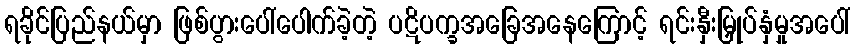
ရခိုင်ပြည်နယ်မှာ ဖြစ်ပွားပေါ်ပေါက်ခဲ့တဲ့ ပဋိပက္ခအခြေအနေကြောင့် ရင်းနှီးမြှုပ်နှံမှုအပေါ်